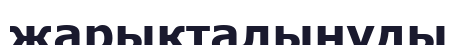
жарықталынуды